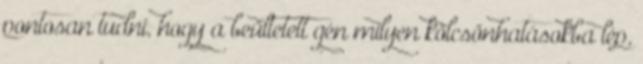
pontosan tudni, hogy a beültetett gén milyen kölcsönhatásokba lép,